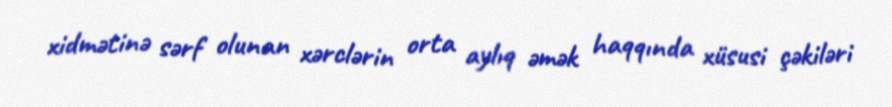
xidmətinə sərf olunan xərclərin orta aylıq əmək haqqında xüsusi çəkiləri